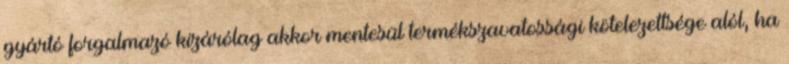
gyártó forgalmazó kizárólag akkor mentesül termékszavatossági kötelezettsége alól, ha